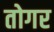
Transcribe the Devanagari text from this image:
तोगर